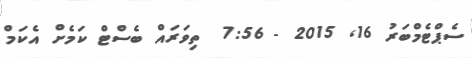
ސެޕްޓެމްބަރު 16